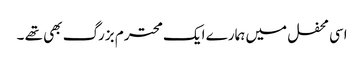
اسی محفل میں ہمارے ایک محترم بزرگ بھی تھے ۔